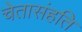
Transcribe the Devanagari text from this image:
चेतासंहति